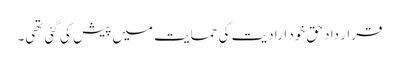
قرار داد حق خود ارادیت کی حمایت میں پیش کی گئی تھی۔